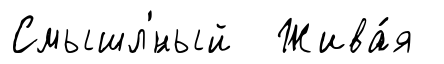
Смышл'́ный Жива́я